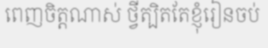
ពេញចិត្តណាស់ ថ្វីត្បិតតែខ្ញុំរៀនចប់